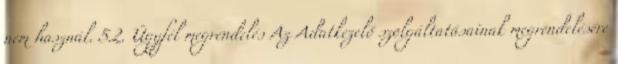
nem használ. 5.2. Ügyfél megrendelés Az Adatkezelő szolgáltatásainak megrendelésére